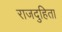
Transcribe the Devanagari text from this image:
राजदुहिता